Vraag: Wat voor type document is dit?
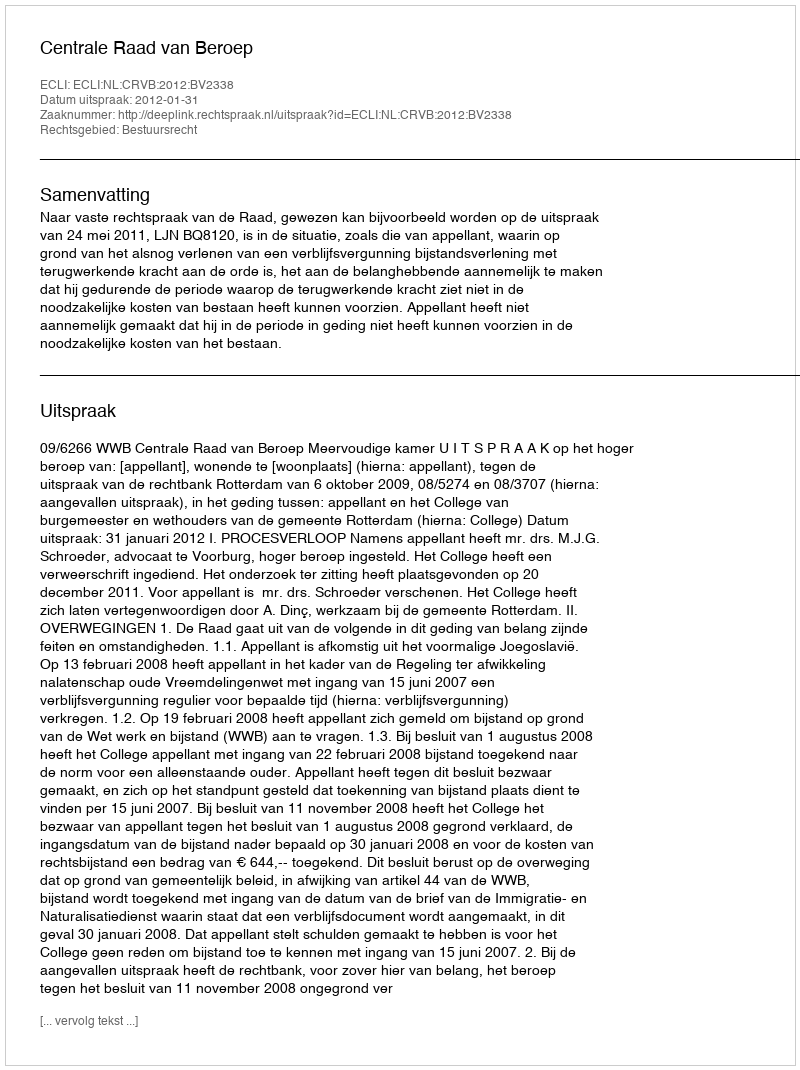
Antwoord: Uitspraak